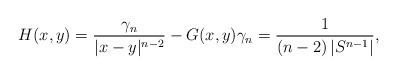
LaTeX: \begin{align*}H(x,y) = {\gamma_n \over |x-y|^{n-2}}-G(x,y) \gamma_n = {1 \over (n-2)\left|S^{n-1}\right|},\end{align*}